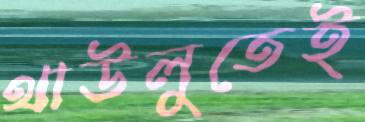
থাউলুতেই